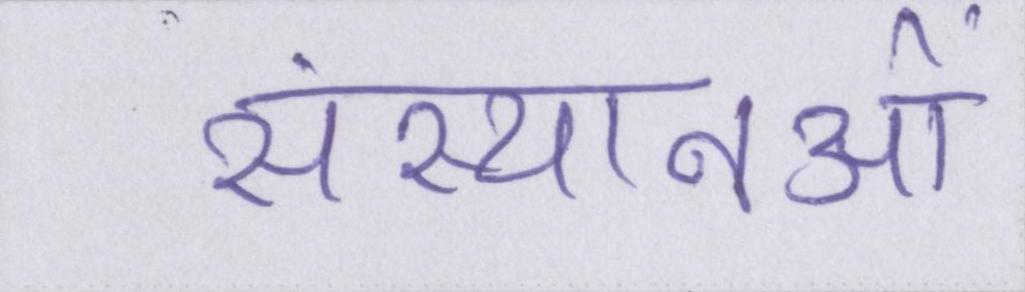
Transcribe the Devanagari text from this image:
संस्थानओं